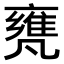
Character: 𠙰